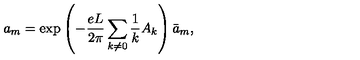
a _ { m } = \mathrm { e x p } \left( - \frac { e L } { 2 \pi } \sum _ { k \neq 0 } \frac { 1 } { k } A _ { k } \right) { \bar { a } } _ { m } ,